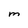
Character: M